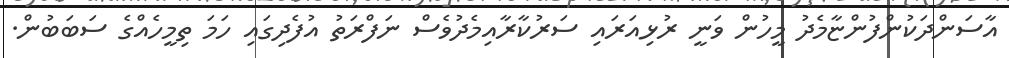
އާސަންދަކުންފުންޏާމެދު މީހުން ވަނީ ރުޅިއަރައި ސަރުކާރާއިމެދުވެސް ނަފްރަތު އުފެދިގައި ހަމަ ތިމީހެއްގެ ސަބަބުން.